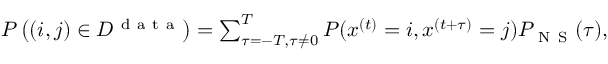
\begin{array} { r } { P \left( ( i , j ) \in { \cal D } ^ { \mathrm { ~ d ~ a ~ t ~ a ~ } } \right) = \sum _ { \tau = - T , \tau \neq 0 } ^ { T } P ( x ^ { ( t ) } = i , x ^ { ( t + \tau ) } = j ) P _ { \mathrm { ~ N ~ S ~ } } ( \tau ) , } \end{array}